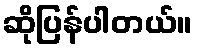
ဆိုပြန်ပါတယ်။